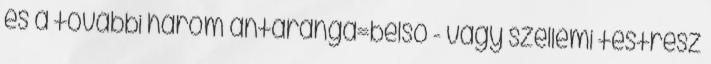
és a további három antaranga=belső - vagy szellemi testrész